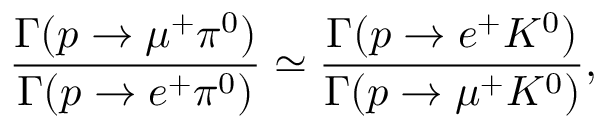
\frac { \Gamma ( p \rightarrow \mu ^ { + } \pi ^ { 0 } ) } { \Gamma ( p \rightarrow e ^ { + } \pi ^ { 0 } ) } \simeq \frac { \Gamma ( p \rightarrow e ^ { + } K ^ { 0 } ) } { \Gamma ( p \rightarrow \mu ^ { + } K ^ { 0 } ) } ,